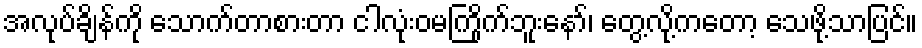
အလုပ်ချိန်ကို သောက်တာစားတာ ငါလုံးဝမကြိုက်ဘူးနော်၊ တွေ့လို့ကတော့ သေဖို့သာပြင်။